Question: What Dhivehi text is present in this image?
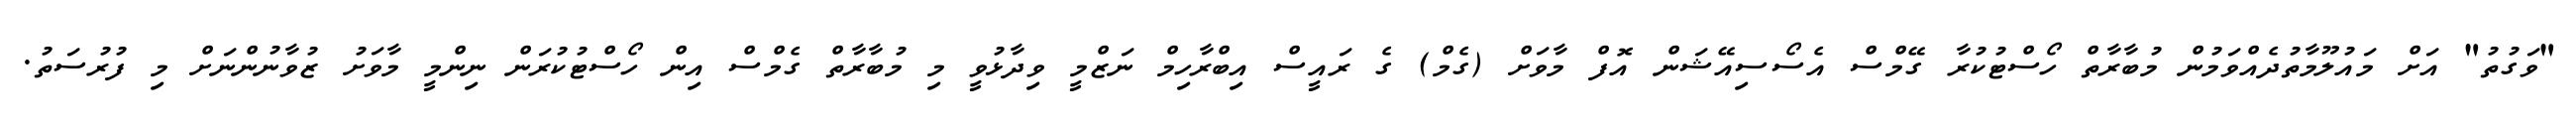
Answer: "ވަގުތު" އަށް މައުލޫމާތުދެއްވަމުން މުބާރާތް ހޯސްޓުކުރާ ގޭމްސް އެސޯސިއޭޝަން އޮފް މާވަށް (ގެމް) ގެ ރައީސް އިބްރާހިމް ނަޒްމީ ވިދާޅުވީ މި މުބާރާތް ގެމްސް އިން ހޯސްޓުކުރަން ނިންމީ މާވަށު ޒުވާނުންނަށް މި ފުރުސަތު.